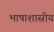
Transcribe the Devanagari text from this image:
भाषाशास्रीय